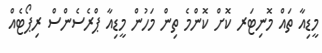
މީޑިއާ ތައް މޮނިޓަރ ކޮށް ކޮންމެ ތިން މަހުން މީޑިއާ ޕްރެސެންސް ރިޕޯޓެއް